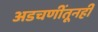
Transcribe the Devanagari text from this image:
अडचणींतूनही